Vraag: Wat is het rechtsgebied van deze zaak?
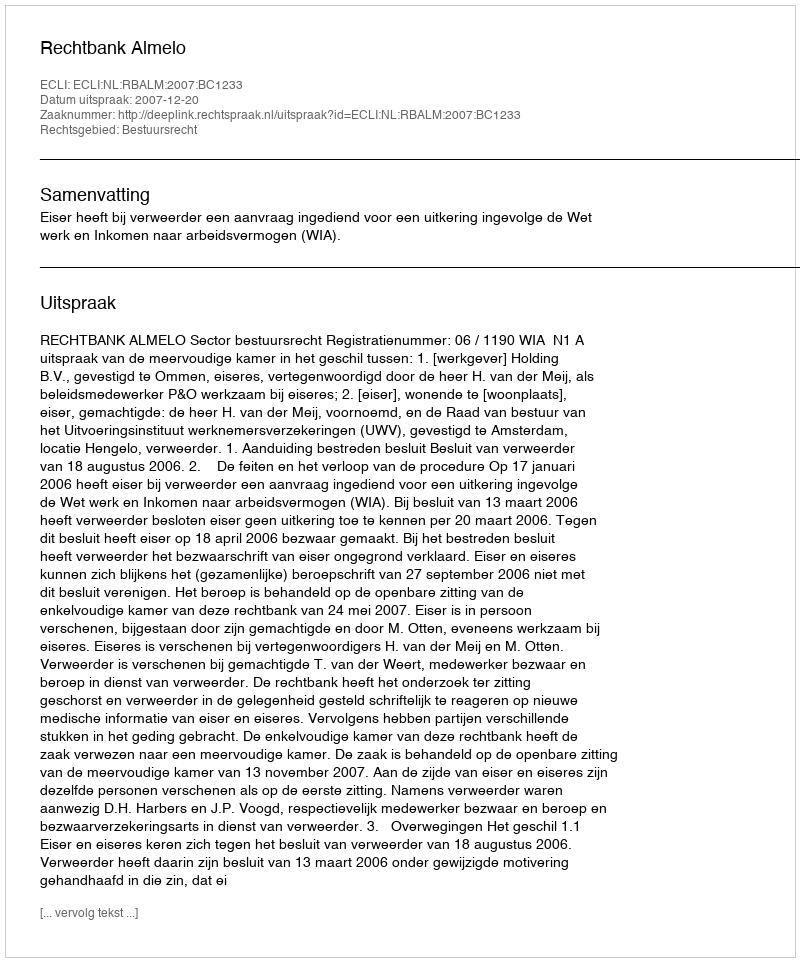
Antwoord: Bestuursrecht